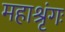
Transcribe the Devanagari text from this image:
महाश्रृंगः